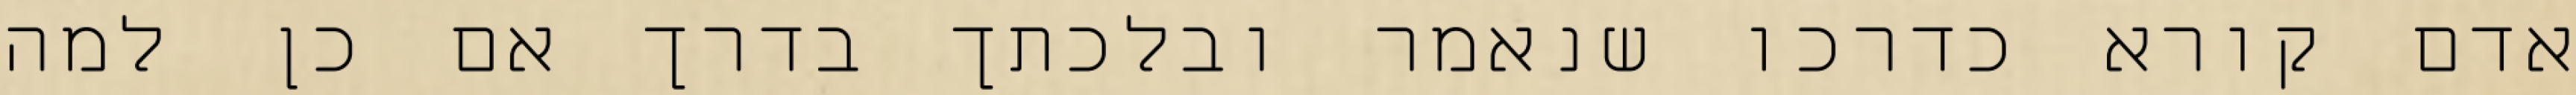
אדם קורא כדרכו שנאמר ובלכתך בדרך אם כן למה